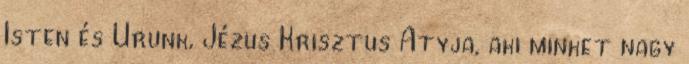
Isten és Urunk, Jézus Krisztus Atyja, aki minket nagy